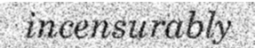
incensurably